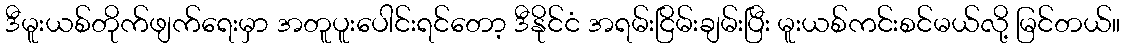
ဒီမူးယစ်တိုက်ဖျက်ရေးမှာ အတူပူးပေါင်းရင်တော့ ဒီနိုင်ငံ အရမ်းငြိမ်းချမ်းပြီး မူးယစ်ကင်းစင်မယ်လို့ မြင်တယ်။